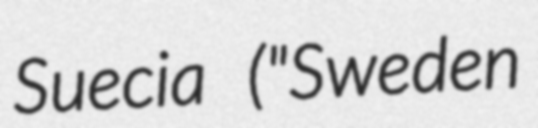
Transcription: Suecia ("Sweden